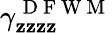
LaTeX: \gamma_{\mathbf{z}\mathbf{z}\mathbf{z}\mathbf{z}}^{\mathrm{{~D~F~W~M~}}}